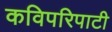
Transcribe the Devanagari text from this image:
कविपरिपाटी